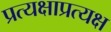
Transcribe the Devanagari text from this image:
प्रत्यक्षाप्रत्यक्ष